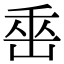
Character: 𡷩